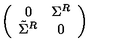
\left( \begin{array} { c c } { 0 } & { \Sigma ^ { R } } \\ { \tilde { \Sigma } ^ { R } } & { 0 } \\ \end{array} \right)